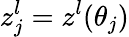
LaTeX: z_{j}^{l}=z^{l}(\theta_{j})